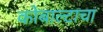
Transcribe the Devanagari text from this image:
कोबाल्टाचा